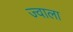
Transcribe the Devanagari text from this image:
ज्‍वाला